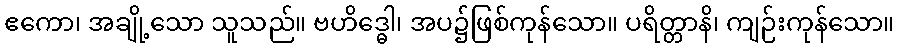
ဧကော၊ အချို့သော သူသည်။ ဗဟိဒ္ဓေါ၊ အပ၌ဖြစ်ကုန်သော။ ပရိတ္တာနိ၊ ကျဉ်းကုန်သော။